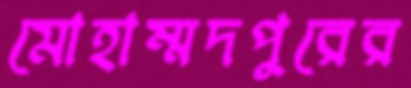
মোহাম্মদপুরের